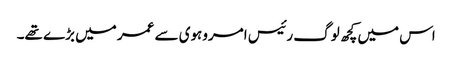
اس میں کچھ لوگ رئیس امروہوی سے عمر میں بڑے تھے۔